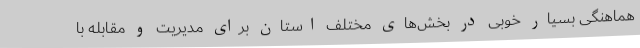
هماهنگی بسیار خوبی در بخش‌های مختلف استان برای مدیریت و مقابله با